Calcutta medical institutions reports 1871-78
Year: 1871
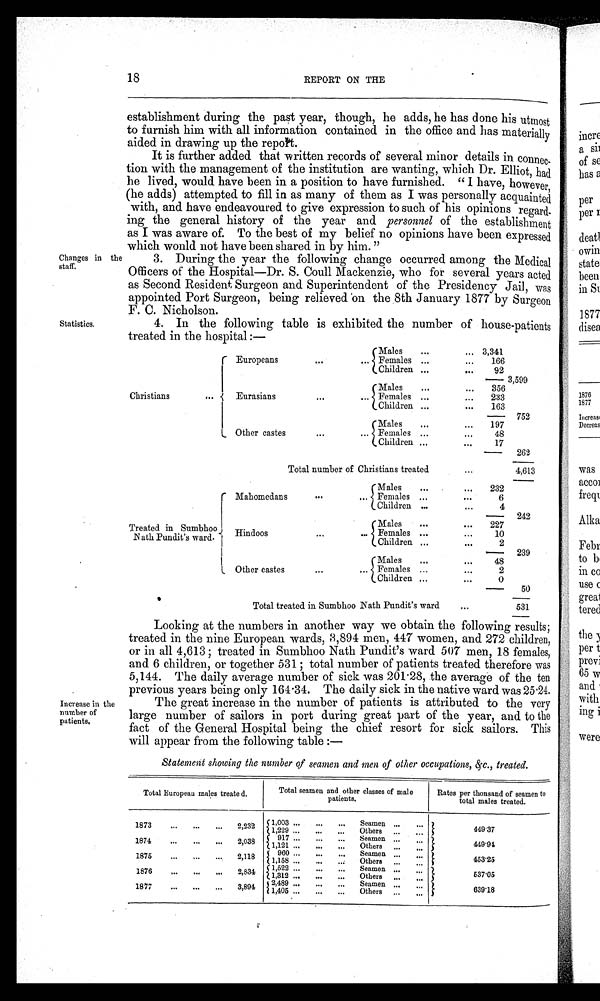
Changes in the
staff.
Statistics.
18
REPORT ON THE
establishment during the past year, though, he adds, he has done his utmost
to furnish him with all information contained in the office and has materially
aided in drawing up the report.
It is further added that written records of several minor details in connec-
tion with the management of the institution are wanting, which Dr. Elliot, had
he lived, would have been in a position to have furnished. "I have, however,
(he adds) attempted to fill in as many of them as I was personally acquainted
with, and have endeavoured to give expression to such of his opinions regard-
ing the general history of the year and personnel of the establishment
as I was aware of. To the best of my belief no opinions have been expressed
which would not have been shared in by him."
3. During the year the following change occurred among the Medical
Officers of the Hospital—Dr. S. Coull Mackenzie, who for several years acted
as Second Resident Surgeon and Superintendent of the Presidency Jail, was
appointed Port Surgeon, being relieved on the 8th January 1877 by Surgeon
F. C. Nicholson.
4. In the following table is exhibited the number of house-patients
treated in the hospital :—
Europeans
Males
. . .
. . . 3,341
. . .
Females . .
...
166
Children ...
...
9 2
3 , 5 9 9
Eurasians
Males
...
...
356
Christians
... -{
. . .
... Females ...
...
233
Children ...
...
163
752
Other castes
Mal es . . .
...
197
...
... Females ...
...
48
Children ...
,..
17
262
Total number of Christians treate
...
4 , 6 1 3
Mahomedans
Males
...
...
232
. . .
...
Females ...
. . .
6
Children ..
. . .
4
242
Treated in Sumbhoo
ath Pundit's ward.
Hi ndoos
Males
...
...
227
.
. . .
...
Females ...
...
10
Children ,..
. . .
2
239
Other castes
Males
. . .
...
48
. . .
Female
...
2
Children ,,,
0
50
Total treated in SumbhooNath Pundit's ward
. . .
531
Increase in the
number of
patients,
Looking at the numbers in another way we obtain the following results;
treated in the nine European wards, 3 ,894 men, 447 women, and 272 children,
or i n al l 4, 613; t r eat ed i n Sumbhoo Nat h Pundi t ' s war d5 0 7 m e n ,
1 8 f e m a l e s ,
and 6 children, or together 531; total number of patients treated therefore w a s
5,144. The daily average number of sick was 201.28, the average of the ten
years
ears being only 164.34. The daily sick in the native ward was 25.24.
Th e g r e a t i n c r e a s e i n t h e n u mb e r o f p a t i e n t s i s a t t r i b u t e d t o t h e v e r y
large number of sailors in port during great part of the year, and to the
fact of the General Hospital being the chief resort for sick sailors. This
will appear from the following table :—
Statement showing the number of seamen and men of other occupations, &c., treated.
Total European males treate d.
Total seamen and other classes of male
patients.
Rates per thonsand of seamen to
total males treated.
1873
...
...
. . .
2,232
1 , 0 0 3 ..
...
...
Seamen ...
. . .
449.37
1,229 ...
...
...
Others ...
...
1874
...
. . .
. . .
2,038
9 1 7 ...
...
...
Seamen ...
.., 449.94
1 , 1 2 1 ... . . .
. . .
Others ...
. . .
1885
...
. . .
...
2,118
9 6 0 ...
...
...
Seamen ...
...
453'25
1,158 ...
...
...
Others ,..
...
1886
. . .
. . .
. . .
2 , 8 3 4
1 , 5 2 2
..
...
Seamen ...
,.. 537.05
1 , 3 1 2 .. ..
...
...
Others ...
...
1 8 8 5
. . .
...
...
3 , 8 9 4
2 , 4 8 9 ...
...
...
Seam
rs
en ..
...
639'18
1,405 ...
...
...
Othe
...
. . .